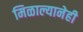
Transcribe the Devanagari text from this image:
मिळाल्यानेही